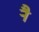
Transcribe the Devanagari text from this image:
र्‍ाै